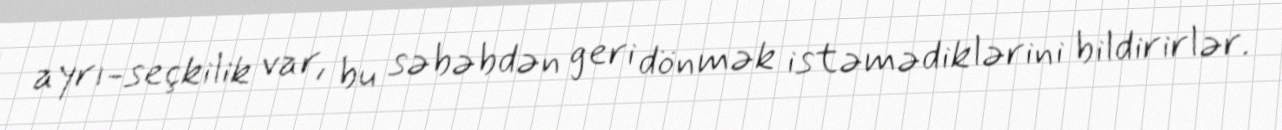
ayrı-seçkilik var, bu səbəbdən geri dönmək istəmədiklərini bildirirlər.